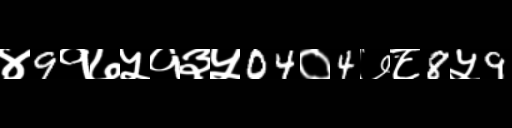
Text: ४9१७५१३५04०4७८8५9